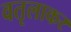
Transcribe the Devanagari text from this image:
वतृलाकर